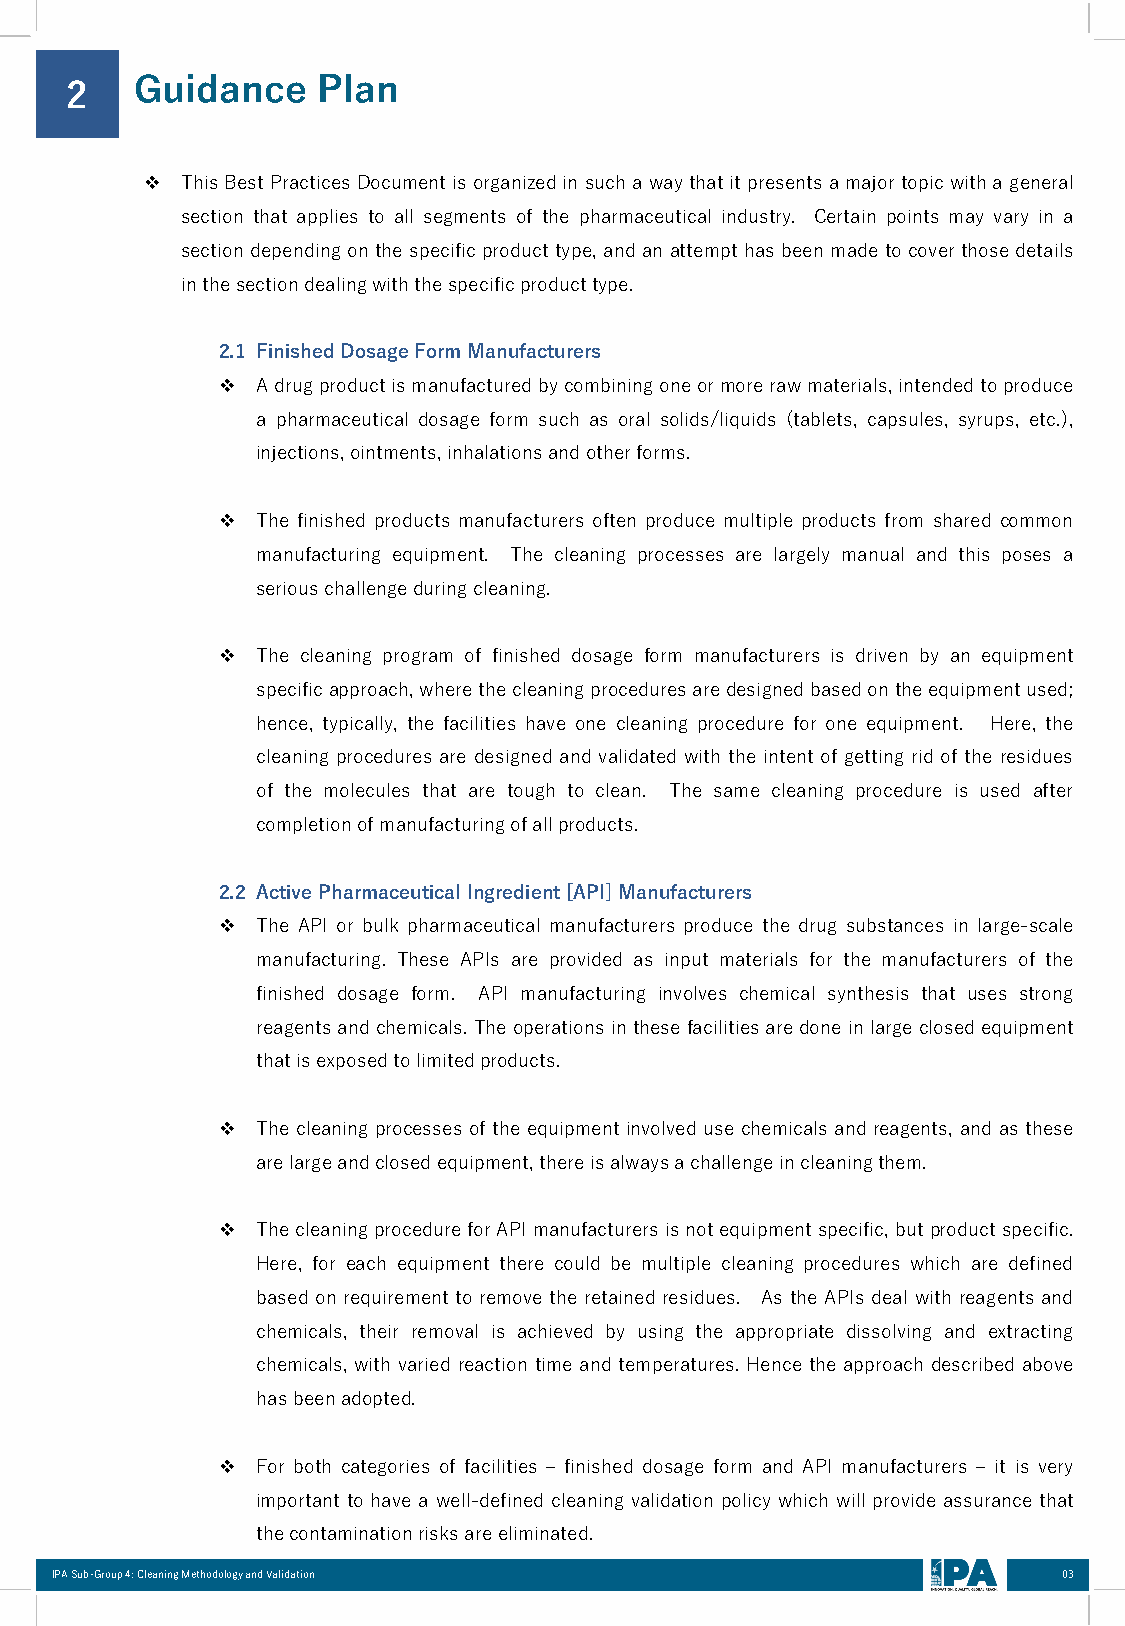
2    Guidance    Plan
 ❖ ThisBestPracticesDocumentisorganizedin sucha waythatitpresentsamajortopicwitha general
 section that applies to all segments of the pharmaceutical industry. Certain points may vary in a
 section depending on the specific producttype,and an attempthas been madeto cover those details
 inthesectiondealingwiththespecificproducttype.
 2.1 FinishedDosageFormManufacturers
 ❖  Adrugproductismanufacturedbycombiningoneormorerawmaterials,intendedtoproduce
 a pharmaceutical dosage form such as oral solids/liquids (tablets, capsules, syrups, etc.),
 injections,ointments,inhalationsandotherforms.
 ❖  The finished products manufacturers often produce multiple products from shared common
 manufacturing equipment. The cleaning processes are largely manual and this poses a
 seriouschallengeduringcleaning.
 ❖  The cleaning program of finished dosage form manufacturers is driven by an equipment
 specificapproach,wherethecleaningproceduresaredesignedbasedontheequipmentused;
 hence, typically, the facilities have one cleaning procedure for one equipment. Here, the
 cleaning procedures are designed and validated with the intent of getting rid of the residues
 of the molecules that are tough to clean. The same cleaning procedure is used after
 completionofmanufacturingofallproducts.
 2.2 ActivePharmaceutical Ingredient[API]Manufacturers
 ❖  The API or bulk pharmaceutical manufacturers produce the drug substances in large-scale
 manufacturing. These APIs are provided as input materials for the manufacturers of the
 finished dosage form. API manufacturing involves chemical synthesis that uses strong
 reagentsandchemicals.Theoperationsinthesefacilitiesaredoneinlargeclosedequipment
 thatisexposedtolimitedproducts.
 ❖  The cleaning processes of the equipment involved use chemicals and reagents, and as these
 arelargeandclosedequipment,thereisalwaysachallengeincleaningthem.
 ❖  ThecleaningprocedureforAPImanufacturersisnotequipmentspecific,butproductspecific.
 Here, for each equipment there could be multiple cleaning procedures which are defined
 based on requirement to remove the retained residues. As the APIs deal with reagents and
 chemicals, their removal is achieved by using the appropriate dissolving and extracting
 chemicals, with varied reaction time and temperatures. Hence the approach described above
 hasbeenadopted.
 ❖  For both categories of facilities – finished dosage form and API manufacturers – it is very
 important to have a well-defined cleaning validation policy which will provide assurance that
 thecontaminationrisksareeliminated.
 IPA Sub-Group 4: Cleaning Methodology and Validation               03